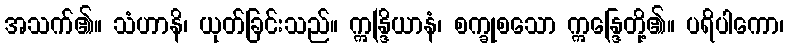
အသက်၏။ သံဟာနိ၊ ယုတ်ခြင်းသည်။ ဣန္ဒြိယာနံ၊ စက္ခုစသော ဣန္ဒြေတို့၏။ ပရိပါကော၊